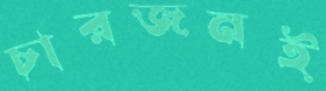
চারজনই